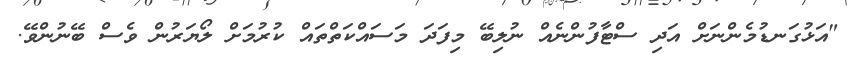
"އަޅުގަނޑުމެންނަށް އަދި ސްޓާފުންނެއް ނުލިބޭ މިފަދަ މަސައްކަތްތައް ކުރުމަށް ލޯޔަރުން ވެސް ބޭނުންވޭ.